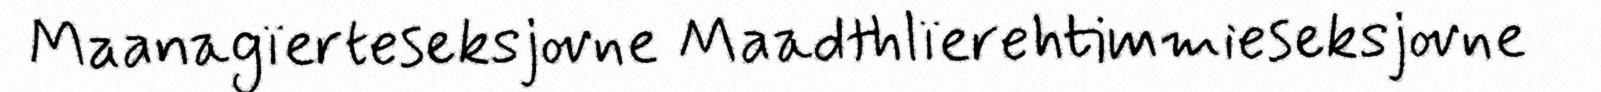
Maanagïerteseksjovne Maadthlïerehtimmieseksjovne